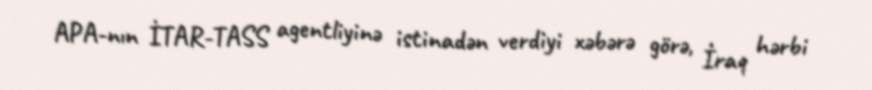
APA-nın İTAR-TASS agentliyinə istinadən verdiyi xəbərə görə, İraq hərbi